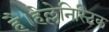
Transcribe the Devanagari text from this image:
है।हेल्लेनिस्टिक